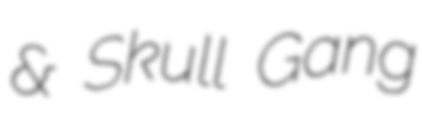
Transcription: & Skull Gang